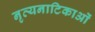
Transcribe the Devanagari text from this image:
नृत्यनाटिकाओं